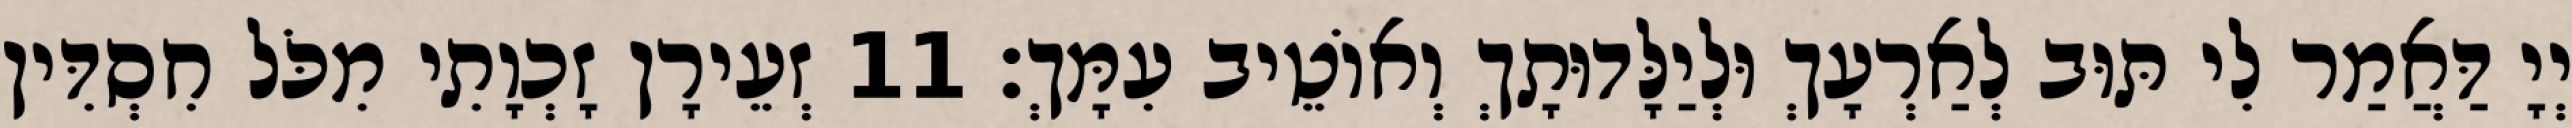
יְיָ דַּאֲמַר לִי תּוּב לְאַרְעָךְ וּלְיַלָּדוּתָךְ וְאוֹטֵיב עִמָּךְ׃ 11 זְעֵירָן זָכְוָתִי מִכֹּל חִסְדִּין